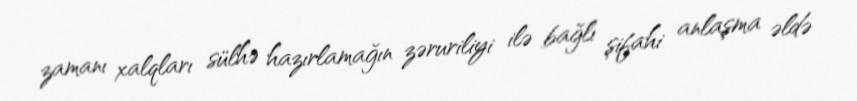
zamanı xalqları sülhə hazırlamağın zəruriliyi ilə bağlı şifahi anlaşma əldə